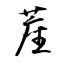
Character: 蓙